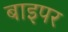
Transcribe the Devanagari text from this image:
बाइपर